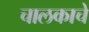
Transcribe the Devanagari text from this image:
चालकाचे